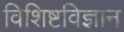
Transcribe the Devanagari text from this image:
विशिष्टविज्ञान